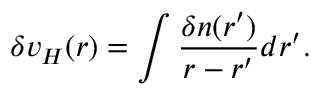
\delta v _ { H } ( r ) = \int \frac { \delta n ( r ^ { \prime } ) } { r - r ^ { \prime } } d r ^ { \prime } .